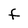
Character: f